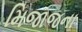
મિજાજના